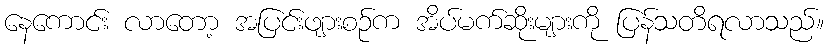
နေကောင်း လာတော့ အပြင်းဖျားစဉ်က အိပ်မက်ဆိုးများကို ပြန်သတိရလာသည်။